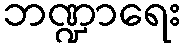
ဘဏ္ဍာရေး